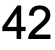
42